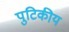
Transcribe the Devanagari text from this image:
पुटिकीय